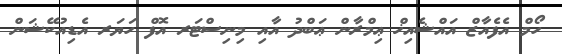
ހޯމް އެފެއާޒް އައްޝެއިޚް ޢިމްރާން ޢަބްދު އާއި މިނިސްޓަރ އޮފް ހަޔަރ އެޑިއުކޭޝަން